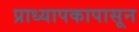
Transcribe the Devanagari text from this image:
प्राध्यापकापासून